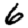
Digit: 6